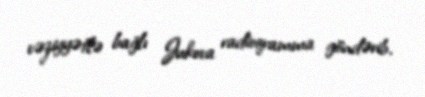
vəziyyətlə bağlı Jukova radioqramma göndərib.